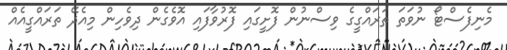
މެނިފެސްޓޯ ނުވަތަ ތަަރައްގީގެ ވިސްނުން ފޮށީގައި ފޮރުވާފައި އޮވެގެން ދިވެހިން މިއެދޭ ތަރައްގީއެއް